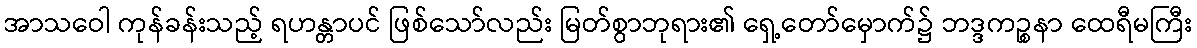
အာသဝေါ ကုန်ခန်းသည့် ရဟန္တာပင် ဖြစ်သော်လည်း မြတ်စွာဘုရား၏ ရှေ့တော်မှောက်၌ ဘဒ္ဒကဉ္စနာ ထေရီမကြီး